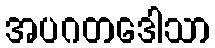
အပဂတဒေါသာ